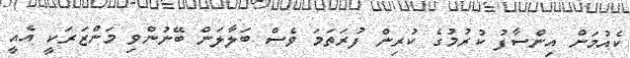
ކެއުމަށް އިންސާފު ކުރުމުގެ ކުރިން ފުރަތަމަ ވެސް ބަލާލަން ބޭނުންވި މަންޒަރަކީ އެއީ